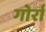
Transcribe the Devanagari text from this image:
गोर्रा